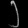
Digit: ၂